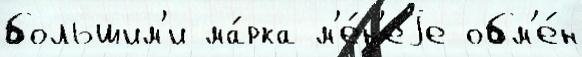
большим'и ма́рка м'е́н'еjе обм'е́н